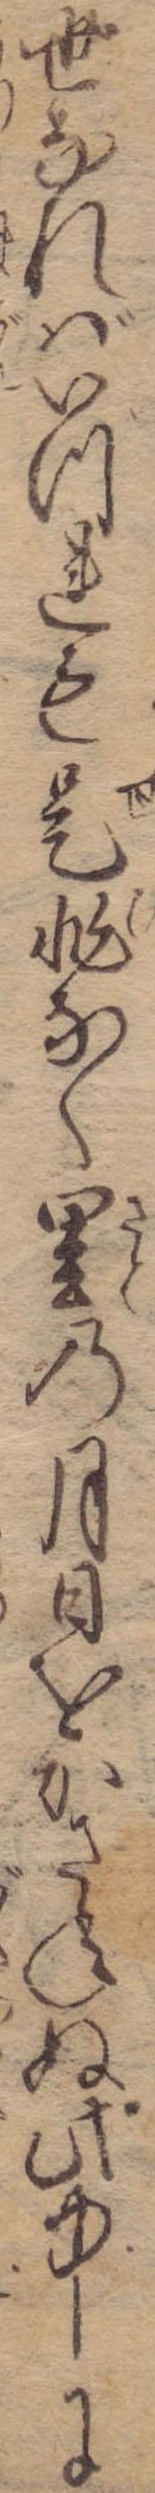
世なればいづれも是非なく里の月日をかさねぬ此中に